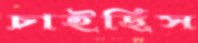
চাইছিস